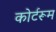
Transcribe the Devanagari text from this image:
कोर्टरूम